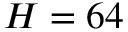
H = 6 4